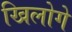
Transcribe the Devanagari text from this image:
खिलोगे